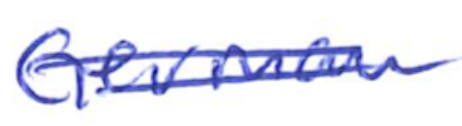
Text: German
Cross-out: double-line
Writing tool: ballpoint